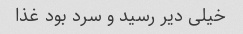
خیلی دیر رسید و سرد بود غذا